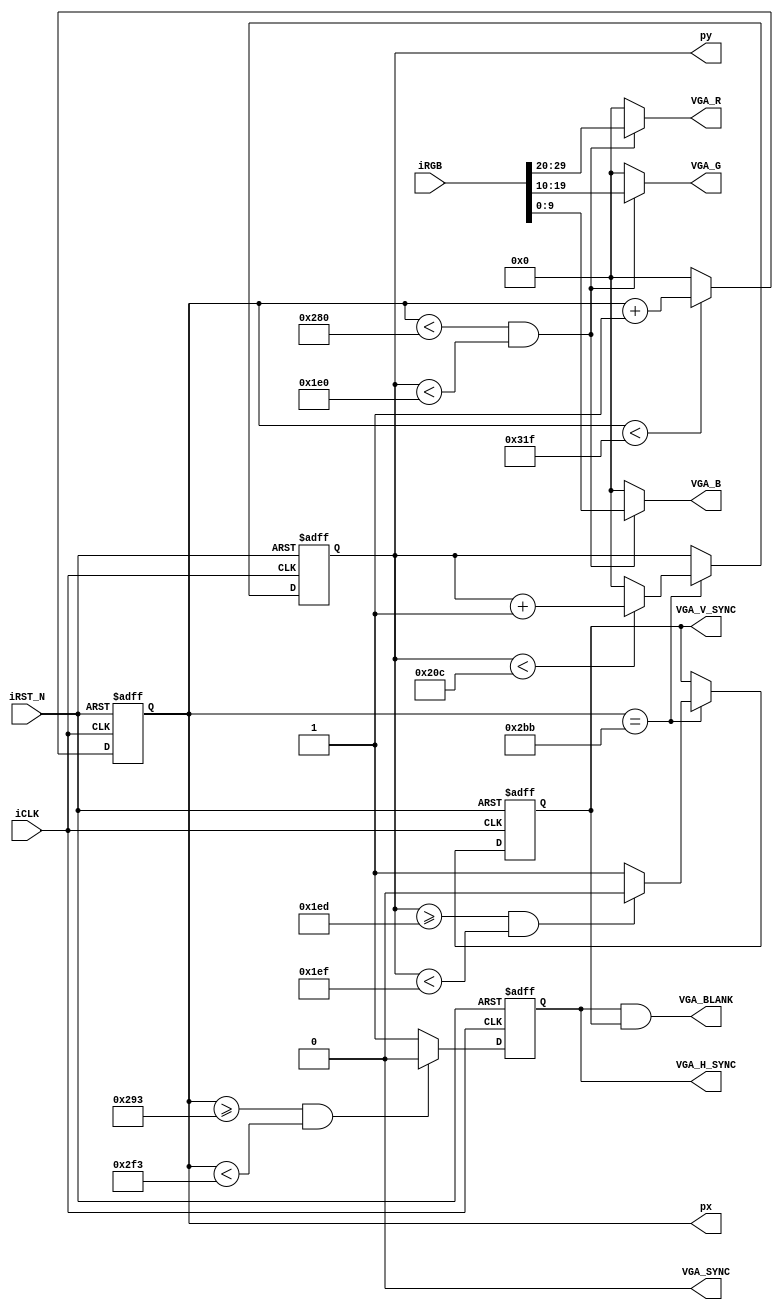
module vga_sync(
   input iCLK, // 25 MHz clock
   input iRST_N,
   input [29:0] iRGB,
   // pixel coordinates
   output [9:0] px,
   output [9:0] py,
   // VGA Side
   output  [9:0] VGA_R,
   output  [9:0] VGA_G,
   output  [9:0] VGA_B,
   output reg VGA_H_SYNC,
   output reg VGA_V_SYNC,
   output VGA_SYNC,
   output VGA_BLANK
);

assign    VGA_BLANK    =    VGA_H_SYNC & VGA_V_SYNC;
assign    VGA_SYNC    =    1'b0;

reg [9:0] h_count, v_count;
assign px = h_count;
assign py = v_count;

// iRed = iRGB[29:20]; iGreen = iRGB[19:10]; iBlue = iRGB[9:0]


// Horizontal sync

/* Generate Horizontal and Vertical Timing Signals for Video Signal
* h_count counts pixels (640 + extra time for sync signals)
* 
*  horiz_sync  ------------------------------------__________--------
*  h_count       0                640             659       755    799
*/
parameter H_SYNC_TOTAL = 800;
parameter H_PIXELS =     640;
parameter H_SYNC_START = 659;
parameter H_SYNC_WIDTH =  96;

always@(posedge iCLK or negedge iRST_N)
begin
   if(!iRST_N)
   begin
      h_count <= 10'h000;
      VGA_H_SYNC <= 1'b0;
   end
   else
   begin
      // H_Sync Counter
      if (h_count < H_SYNC_TOTAL-1) h_count <= h_count + 1'b1;
      else h_count <= 10'h0000;

      if (h_count >= H_SYNC_START && 
    h_count < H_SYNC_START+H_SYNC_WIDTH) VGA_H_SYNC = 1'b0;
      else VGA_H_SYNC <= 1'b1;
   end
end
/*  
*  vertical_sync      -----------------------------------------------_______------------
*  v_count             0                                      480    493-494          524
*/
parameter V_SYNC_TOTAL = 525;
parameter V_PIXELS     = 480;
parameter V_SYNC_START = 493;
parameter V_SYNC_WIDTH =   2;
parameter H_START = 699;

always @(posedge iCLK or negedge iRST_N)
begin
   if (!iRST_N)
   begin
      v_count <= 10'h0000;
      VGA_V_SYNC <= 1'b0;
   end
   else if (h_count == H_START)
   begin
      // V_Sync Counter
      if (v_count < V_SYNC_TOTAL-1) v_count <= v_count + 1'b1;
      else v_count <= 10'h0000;

      if (v_count >= V_SYNC_START && 
        v_count < V_SYNC_START+V_SYNC_WIDTH) VGA_V_SYNC = 1'b0;
      else VGA_V_SYNC <= 1'b1;
   end
end
   

wire video_h_on = (h_count<H_PIXELS);
wire video_v_on = (v_count<V_PIXELS);
wire video_on = video_h_on & video_v_on;

assign VGA_R = (video_on? iRGB[29:20]: 10'h000);
assign VGA_G = (video_on? iRGB[19:10]: 10'h000);
assign VGA_B = (video_on? iRGB[9:0]: 10'h000);
   
endmodule